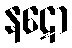
နဋော